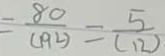
= \frac { 8 0 } { ( 1 9 2 ) } = \frac { 5 } { ( 1 2 ) }